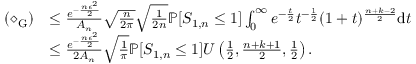
\begin{array} { r l } { ( \diamond _ { \mathrm { G } } ) } & { \leq \frac { e ^ { - \frac { n \epsilon ^ { 2 } } { 2 } } } { A _ { n } } \sqrt { \frac { n } { 2 \pi } } \sqrt { \frac { 1 } { 2 n } } \mathbb { P } [ S _ { 1 , n } \leq 1 ] \int _ { 0 } ^ { \infty } e ^ { - \frac { t } { 2 } } t ^ { - \frac { 1 } { 2 } } ( 1 + t ) ^ { \frac { n + k - 2 } { 2 } } \mathrm { d } t } \\ & { \leq \frac { e ^ { - \frac { n \epsilon ^ { 2 } } { 2 } } } { 2 A _ { n } } \sqrt { \frac { 1 } { \pi } } \mathbb { P } [ S _ { 1 , n } \leq 1 ] U \left( \frac { 1 } { 2 } , \frac { n + k + 1 } { 2 } , \frac { 1 } { 2 } \right) . } \end{array}